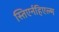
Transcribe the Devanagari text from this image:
स्तिएर्नहिएल्म